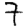
Digit: 7